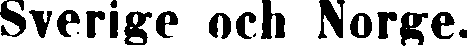
Sverige och Norge.